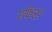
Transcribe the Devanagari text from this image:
एफ़िर्ड